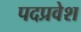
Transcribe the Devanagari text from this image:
पदप्रवेश